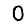
Digit: 0